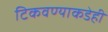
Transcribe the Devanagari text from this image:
टिकवण्याकडेही